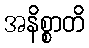
အနိစ္စာတိ